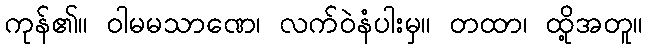
ကုန်၏။ ဝါမမသာဏေ၊ လက်ဝဲနံပါးမှ။ တထာ၊ ထို့အတူ။